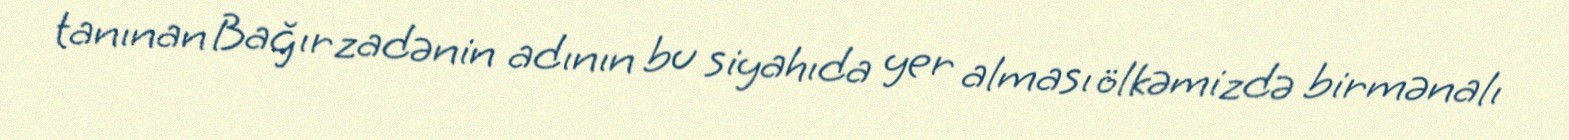
tanınan Bağırzadənin adının bu siyahıda yer alması ölkəmizdə birmənalı